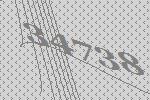
34738